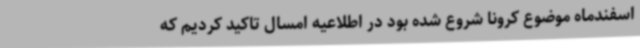
اسفندماه موضوع کرونا شروع شده بود در اطلاعیه امسال تاکید کردیم که